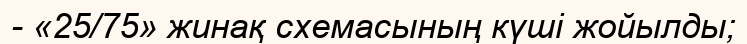
- «25/75» жинақ схемасының күші жойылды;